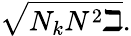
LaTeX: \sqrt{N_{k}N^{2}\beth}.